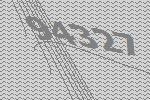
94327